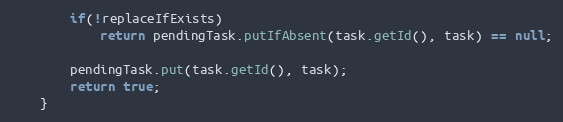
Language: Java
        if(!replaceIfExists)
            return pendingTask.putIfAbsent(task.getId(), task) == null;

        pendingTask.put(task.getId(), task);
        return true;
    }